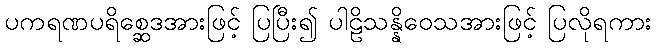
ပကရဏပရိစ္ဆေဒအားဖြင့် ပြပြီး၍ ပါဠိသန္နိဝေသအားဖြင့် ပြလိုရကား